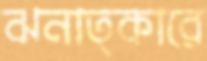
ঝনাত্কারে